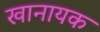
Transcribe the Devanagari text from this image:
खानायक